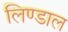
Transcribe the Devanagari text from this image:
लिण्डाल